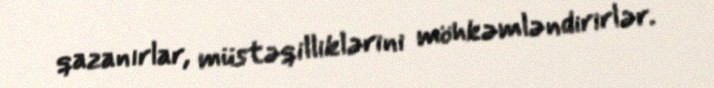
qazanırlar, müstəqilliklərini möhkəmləndirirlər.